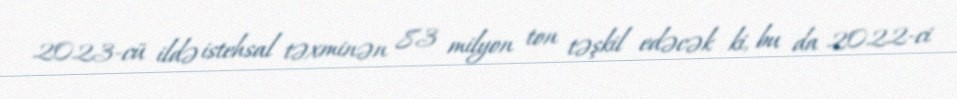
2023-cü ildə istehsal təxminən 83 milyon ton təşkil edəcək ki, bu da 2022-ci